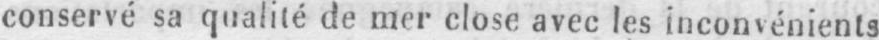
conservé sa qualité de mer close avec les inconvénients